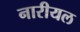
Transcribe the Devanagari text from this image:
नारीयल